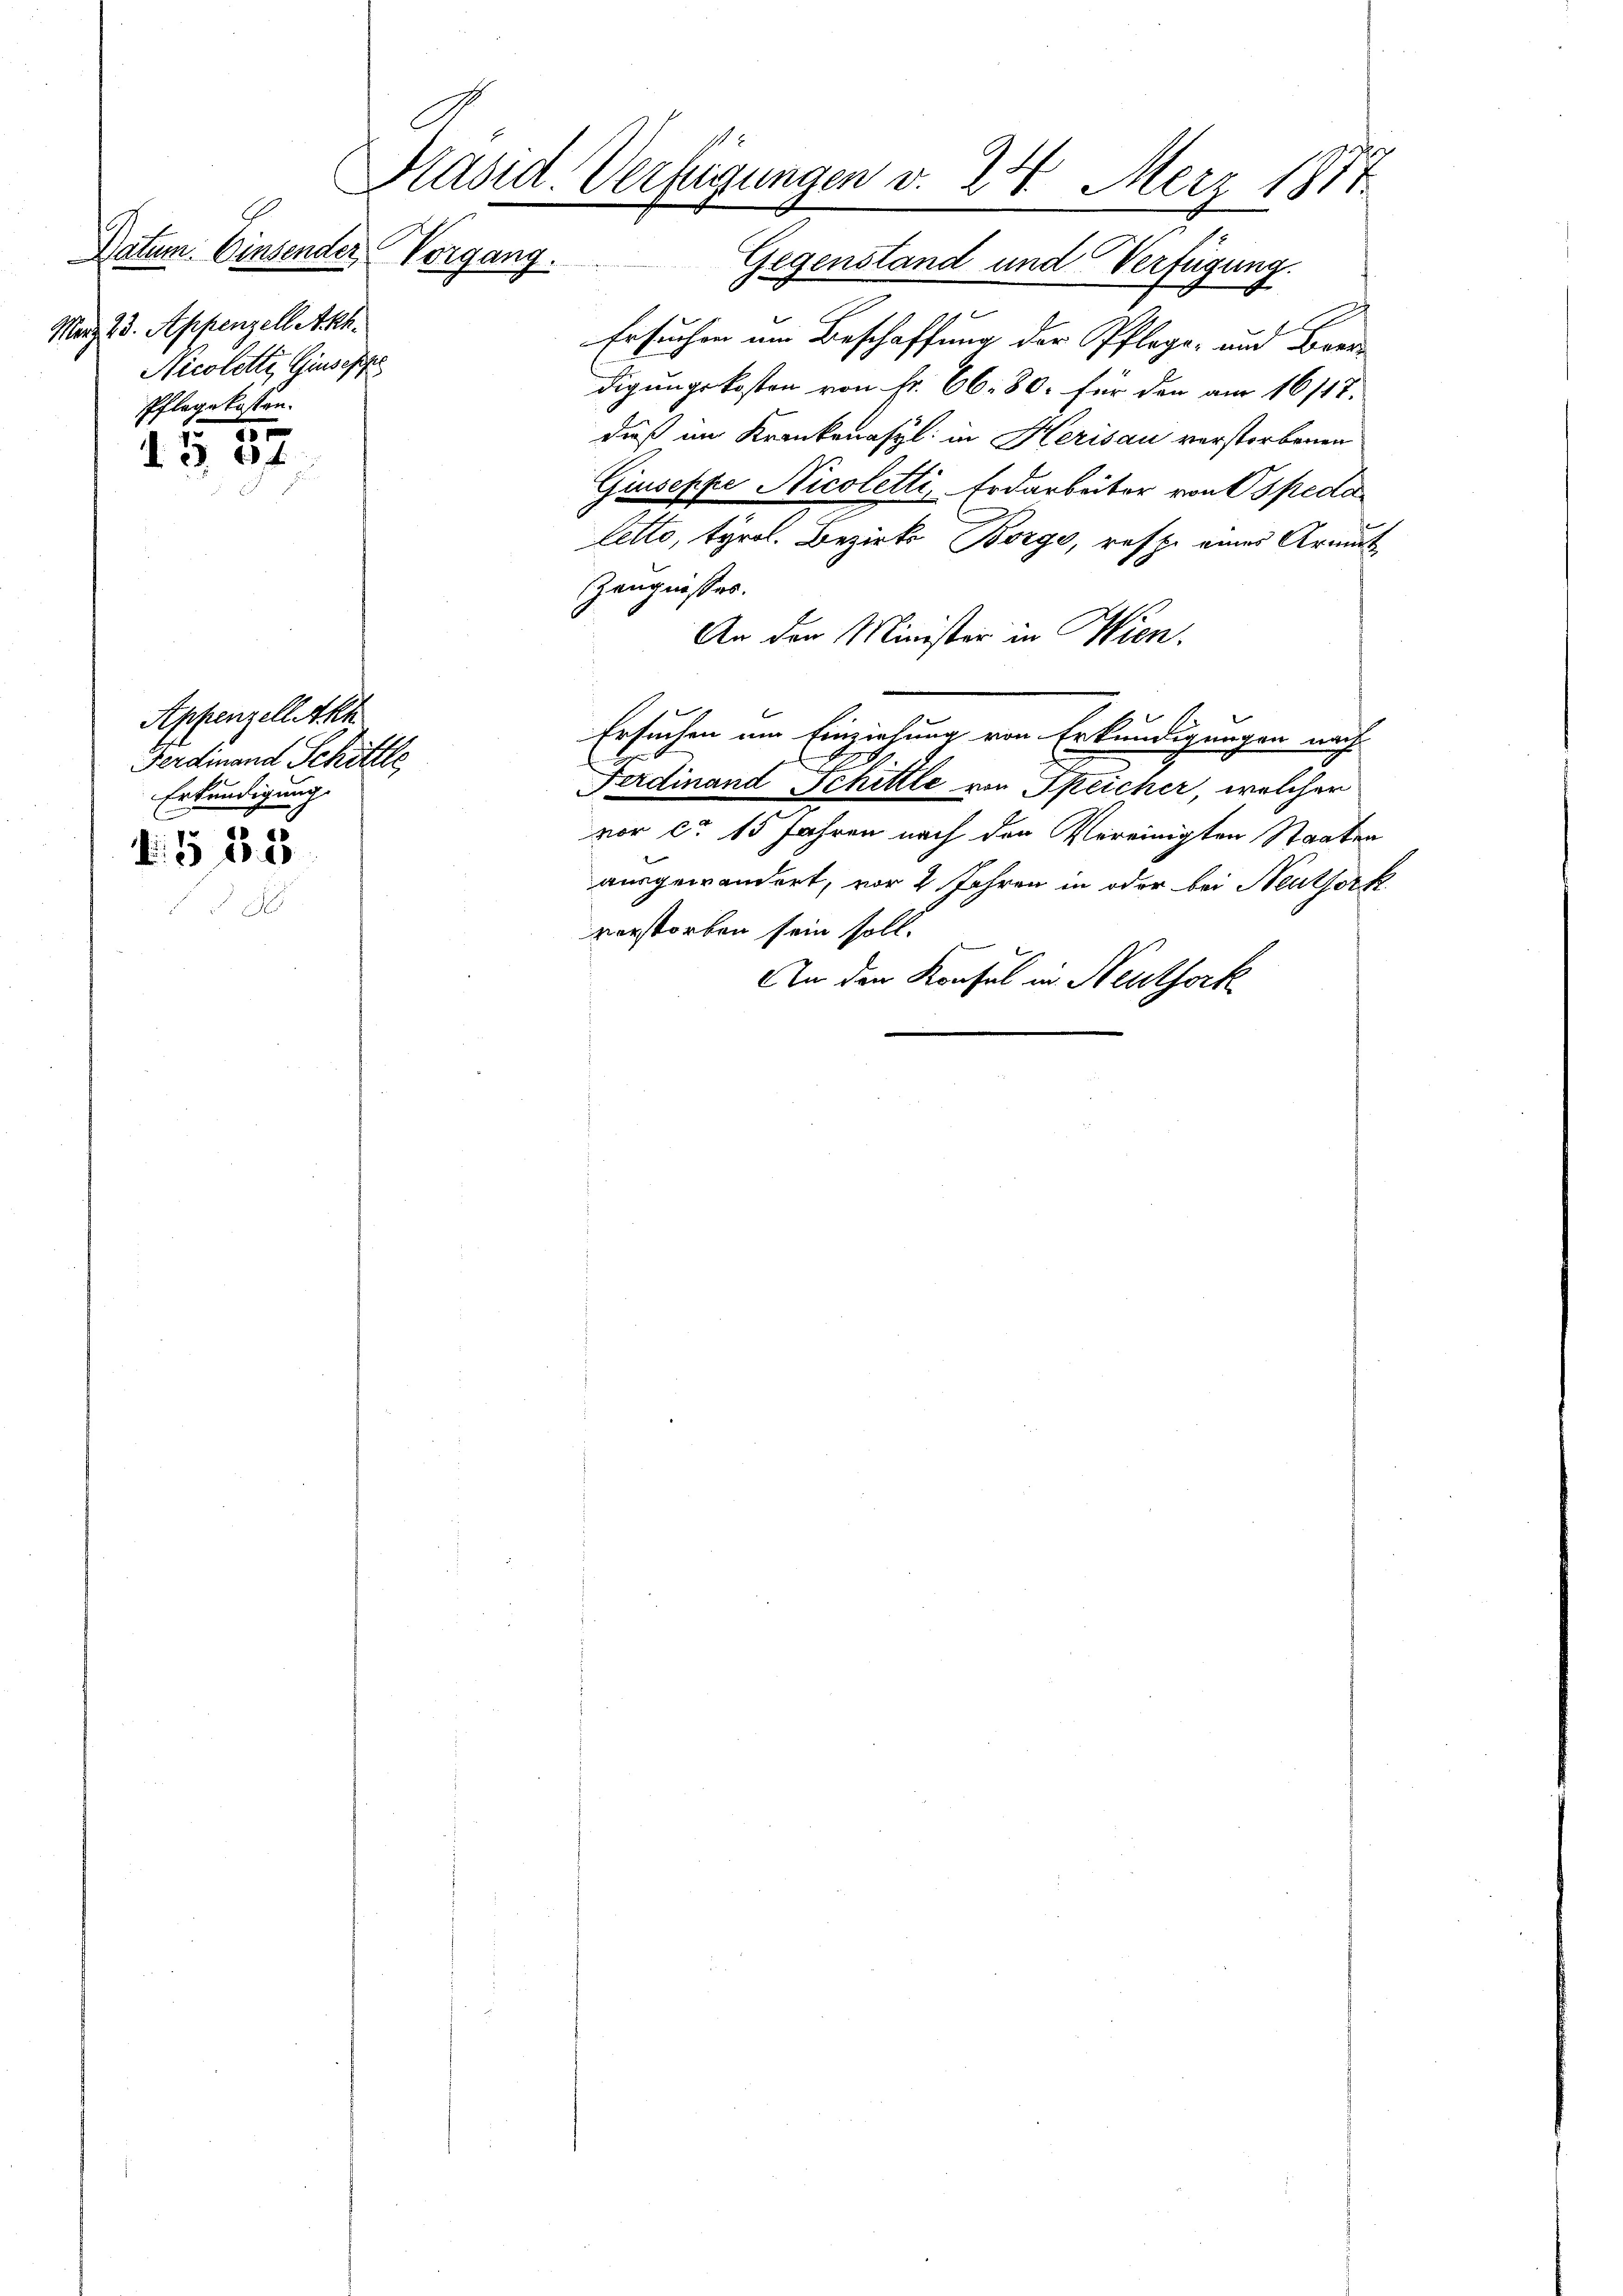
Datum. Einsender Vorgang.
März 23. Appenzell Akh.
Nicoletti, Giuseppe
Pflegekosten.

10
d. 304

Appenzell Akk
Ferdinand Schittle
Erkundigung.
d. § 88. 5

Präsid. Verfügungen v. 24. Merz 1877.
Gegenstand und Verfügung.

f
Ersuchen im Beschaffung der Pflege- und Beer
digungskosten von Fr. 66. 80. für den am 16/18.
dieß im Krankenasyl in Herisau verstorbenen
Giuseppe Nicoletti, Erdarbeiter von spedaletto, tyrol. Bezirks Borgo, resp. eines Armut-
Zeugnisses.
An den Minister in Wien.
Ersuchen am Einziehung von Erkundigungen nach
Ferdinand Schittle von Speicher, welcher
vor ca 15 Jahren nach den Vereinigten Staaten
ausgewandert, vor 2 Jahren in oder bei Neuthork
verstorben sein soll.
An den Konsul in Neuthork